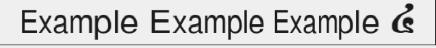
Example Example Example ៤